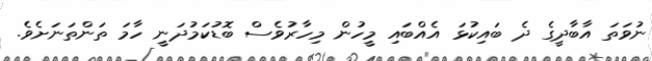
ނުވަތަ އާބާދީގެ ދެ ބައިކުޅަ އެއްބައި މީހުން މިހާރުވެސް ބޮޑުކަމުދަނީ ހާމަ ތަންތަނަށެވެ.